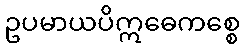
ဥပမာယပိဣဓေကစ္စေ